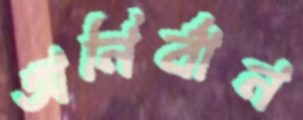
অনির্বান